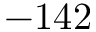
- 1 4 2